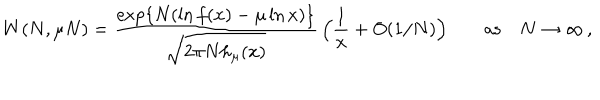
LaTeX: W ( N , \mu N ) = \frac { \exp \{ N ( \ln f ( x ) - \mu \ln x ) \} } { \sqrt { 2 \pi N h _ { \mu } ( x ) } } \, \Bigl ( \frac { 1 } { x } + O ( 1 / N ) \Bigr ) \qquad \mathrm { a s } \quad N \rightarrow \infty \, ,